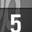
Digit: 5